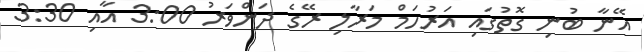
އޭނާ ބުނި ގޮތުގައި އަރުހަމް މަރާލި ރޭގެ ދަންވަރު 3:00 އާއި 3:30